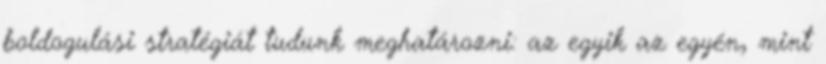
boldogulási stratégiát tudunk meghatározni: az egyik az egyén, mint